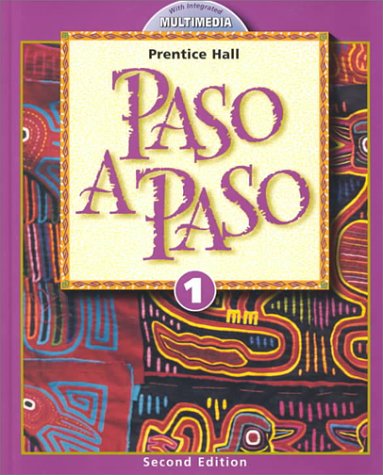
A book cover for PASO A PASO 2000 STUDENT EDITION LEVEL 1 STUDENT EDITION; Addison Wesley; Teen & Young Adult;